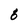
Character: 6